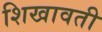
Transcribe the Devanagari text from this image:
शिखावती